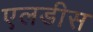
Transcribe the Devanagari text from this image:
एलडीस